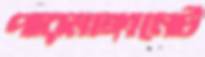
পারমাঙ্গানেট